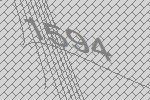
1594